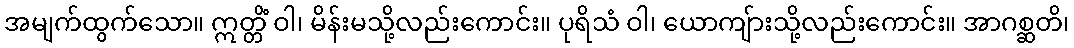
အမျက်ထွက်သော။ ဣတ္တိံ ဝါ၊ မိန်းမသို့လည်းကောင်း။ ပုရိသံ ဝါ၊ ယောကျ်ားသို့လည်းကောင်း။ အာဂစ္ဆတိ၊